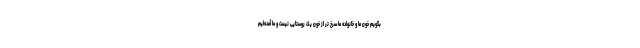
بگویم خون ما و خانواده ما سرخ تر از خون یک روستایی نیست و ما آمده‌ایم